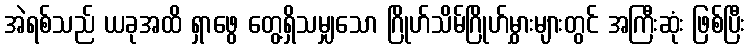
အဲရစ်သည် ယခုအထိ ရှာဖွေ တွေ့ရှိသမျှသော ဂြိုဟ်သိမ်ဂြိုဟ်မွှားများတွင် အကြီးဆုံး ဖြစ်ပြီး